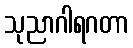
သုညာဂါရဂတာ